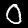
Label: 0